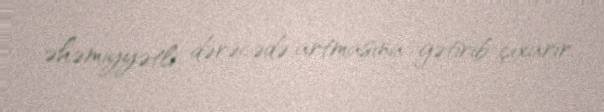
əhəmiyyətli dərəcədə artmasına gətirib çıxarır.